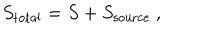
S _ { \mathrm { t o t a l } } = S + S _ { \mathrm { s o u r c e } } ~ ,